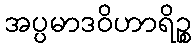
အပ္ပမာဒဝိဟာရိဉ္စ